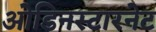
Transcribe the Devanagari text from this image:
ओडिनस्टारनेट